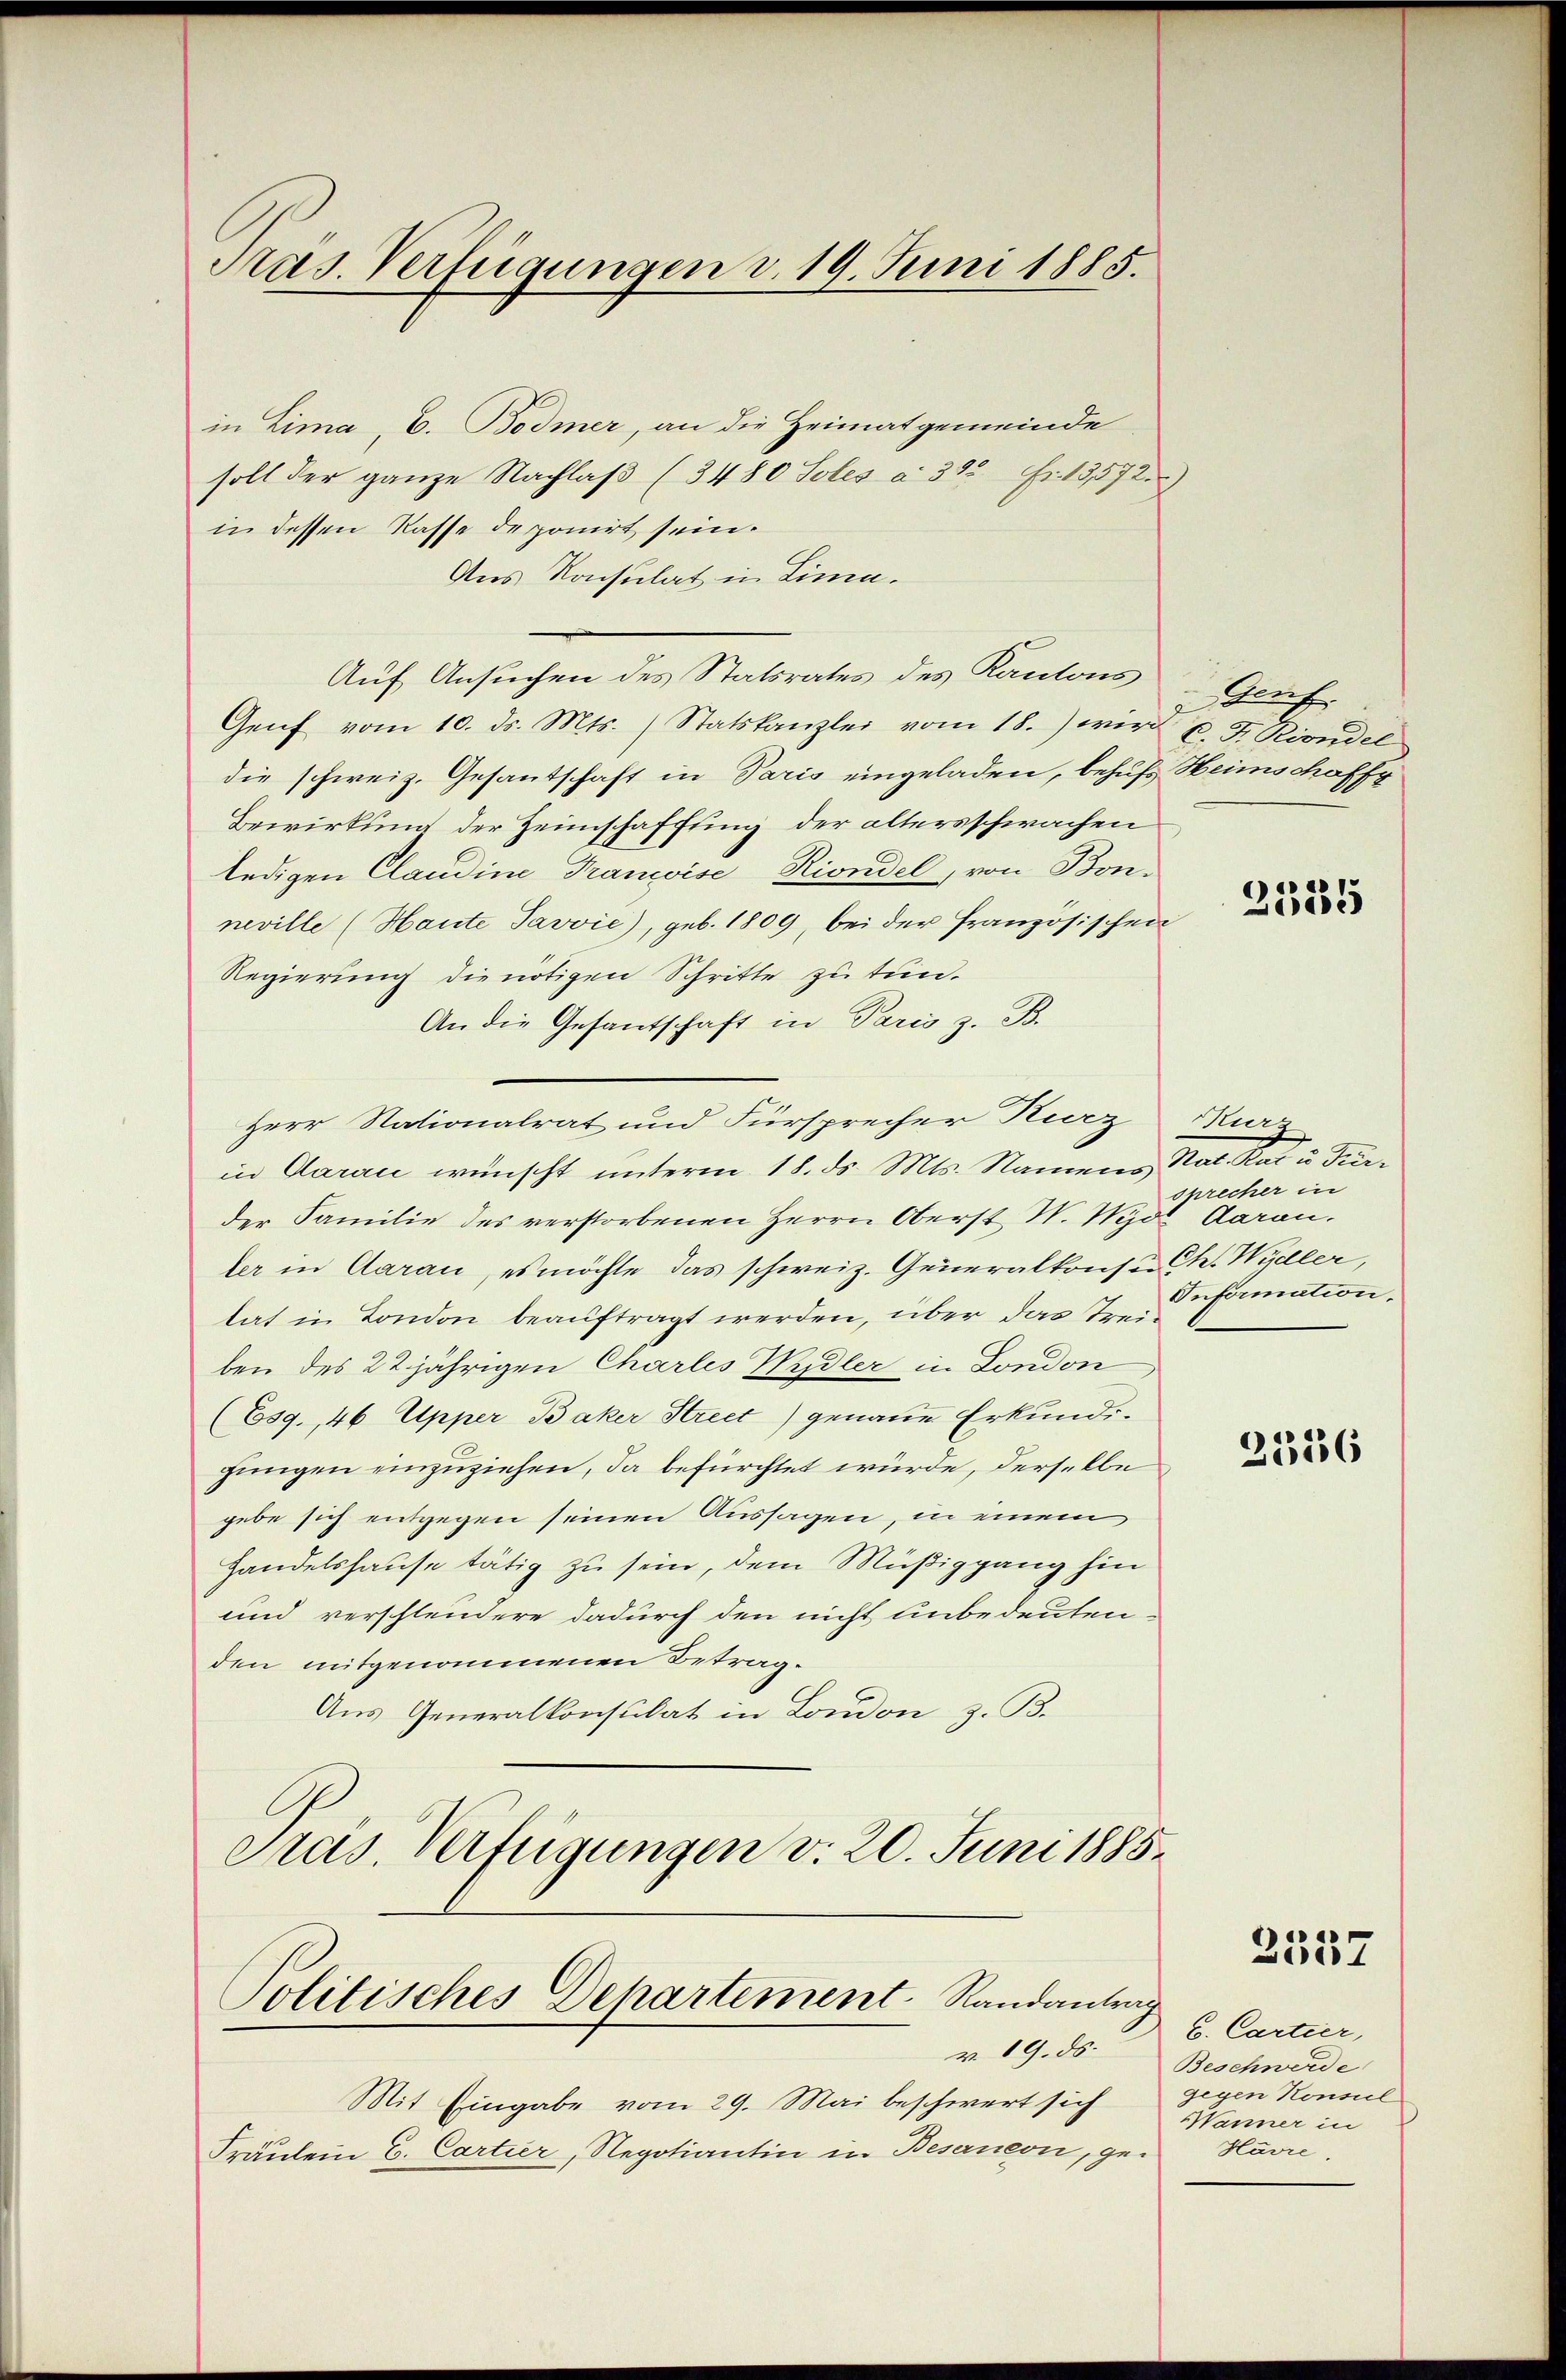
Präs. Verfügungen v. 19. Juni 1885.

in Lima, C. Bodmer, an die Heimatgemeinde
soll der ganze Nachlaβ (3480 Soles a. 302 fr. 13572.
in dessen Kasse deponirt sein.
Aus Konsulat in Lina.
Auf Ansuchen des Statsrates des Kantons
Genf vom 10. ds. Mts. Statskanzlei vom 18.) wird u. F. Riondel
die schweiz. Gesantschaft in Paris eingeladen, behufs Heimschaffg
Bewirkung der Zeimschaffung der altersschwachen
ledigen Claudine FrancoiseRiondel, von Bon-
neville (Haute Javvie), geb. 1809, bei der Französischen
Regierung die nötigen Schritte zu tun.
An die Gesantschaft in Paris z. B.
in Aarau wünscht unterm 18. ds. Mts. Namens Nat. Rat u. Turder Familie des verstorbenen Herrn Oberst N. Nyd
ler in Aarau, es möchte das schweiz. Generalkonser Ch. Wydler,
tat in London beauftragt werden, über das Treiben des 22jährigen Charles Wydler in London
(Esg., 46 Upper Bäker Street) genaue Erkundijungen einzuziehen, da befürchtet würde, derselbe
gebe sich entgegen seinen Aussagen, in einem
Handelshause tätig zu sein, dem Müßiggang hin
und verschleudere dadurch den nicht unbedeuten-
den mitgenommenen Betrag.
Aus Generalkonsulat in London z. B.
Pras. Verfügungen d. 20. Juni 1885.

Herr Nationalrat und Fürsprecher Kurz Murz

Politisches Dehartement Randantrag

v. 19. ds.
Mit Eingabe vom 29. Mai beschwert sich
Fräulein C. Cartier, Negotiantin in Besaneon, ge¬

Genf

2125

sprecher in
Aarau.
Information.

2556

2357

6. Cartier,
Beschwerde
Konsul
Wänner in
Havre.